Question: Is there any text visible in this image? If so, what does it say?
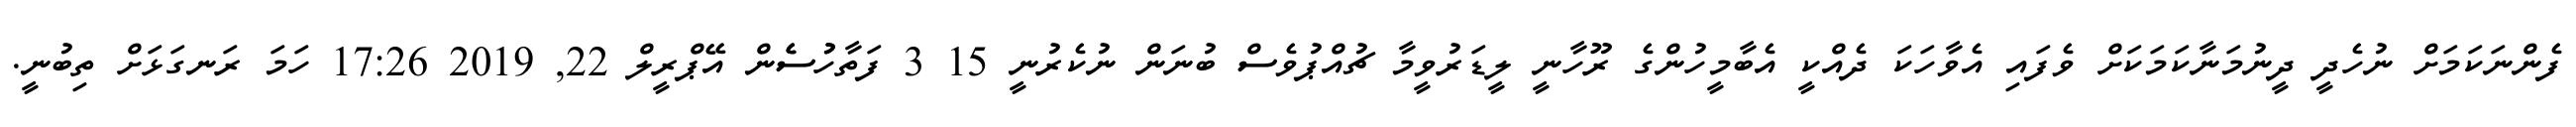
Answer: ފެންނަކަމަށް ނުހެދީ ދީނުމަނާކަމަކަށް ވެފައި އެވާހަކަ ދެއްކީ އެބާމީހުންގެ ރޫހާނީ ލީޑަރުވީމާ ޗުއްޕުވެސް ބުނަން ނުކެރުނީ 15 3 ފަތާހުުސެެން އޭޕްރީލް 22, 2019 17:26 ހަމަ ރަނގަޅަށް ތިބުނީ.